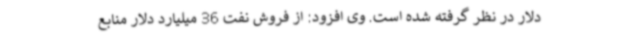
دلار در نظر گرفته شده است. وی افزود: از فروش نفت 36 میلیارد دلار منابع